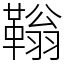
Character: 䩺